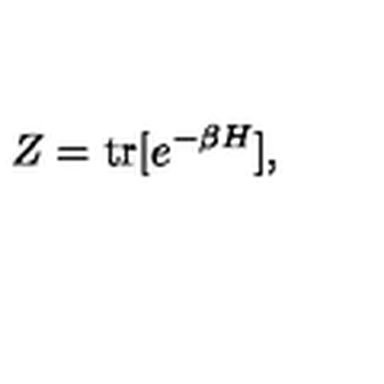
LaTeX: Z = \mathrm { t r } [ e ^ { - \beta H } ] ,